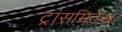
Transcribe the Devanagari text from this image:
ट्रांसमिटेंस